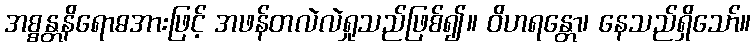
အစ္စန္တနိရောဓအားဖြင့် အဖန်တလဲလဲရှုသည်ဖြစ်၍။ ဝိဟရန္တော၊ နေသည်ရှိသော်။